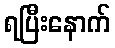
ရပြီးနောက်